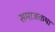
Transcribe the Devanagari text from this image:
समाजकथा